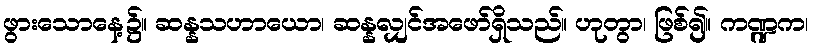
ဖွားသောနေ့၌။ ဆန္နသဟာယော၊ ဆန္နလျှင်အဖော်ရှိသည်။ ဟုတွာ၊ ဖြစ်၍။ ကဏ္ဍက၊